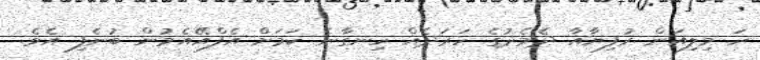
ހަ މިލިއަން ރުފިޔާއާ ދެމެދުގެ ހަރަދެއް ހިނގާނެ ކަމަށް އެފްއޭއެމުން ބުނެފި އެވެ.